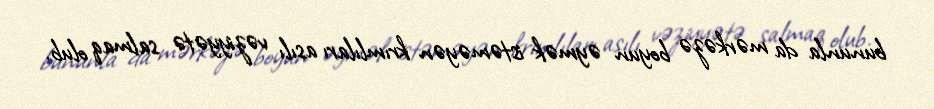
bununla da mərkəzə boyun əymək istəməyən krımlıları asılı vəziyyətə salmaq olub.